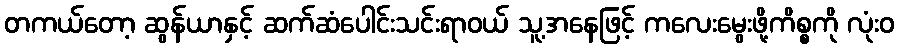
တကယ်တော့ ဆွန်ယာနှင့် ဆက်ဆံပေါင်းသင်းရာဝယ် သူ့အနေဖြင့် ကလေးမွေးဖို့ကိစ္စကို လုံးဝ